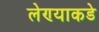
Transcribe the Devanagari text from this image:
लेण्याकडे